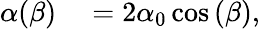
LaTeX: \begin{array}{rl}{\alpha(\beta)}&{{}=2\alpha_{0}\cos{(\beta)},}\end{array}